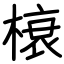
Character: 榱